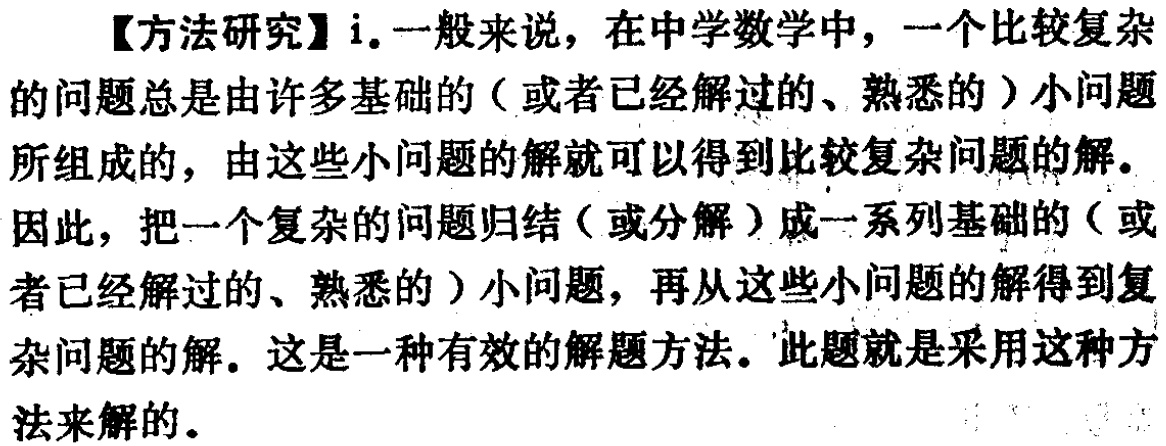
【方法研究】i. 一般来说，在中学数学中，一个比较复杂的问题总是由许多基础的（或者已经解过的、熟悉的）小问题所组成的，由这些小问题的解就可以得到比较复杂问题的解。因此，把一个复杂的问题归结（或分解）成一系列基础的（或者已经解过的、熟悉的）小问题，再从这些小问题的解得到复杂问题的解。这是一种有效的解题方法。此题就是采用这种方法来解的。